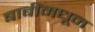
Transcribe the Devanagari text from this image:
बाबींमधून